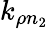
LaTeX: k_{\rho n_{2}}